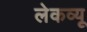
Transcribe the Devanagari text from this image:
लेकव्यू